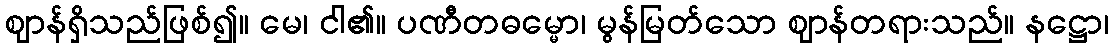
ဈာန်ရှိသည်ဖြစ်၍။ မေ၊ ငါ၏။ ပဏီတဓမ္မော၊ မွန်မြတ်သော ဈာန်တရားသည်။ နဋ္ဌော၊